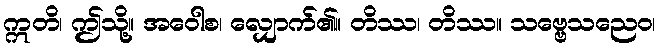
ဣတိ၊ ဤသို့။ အဝေါစ၊ လျှောက်၏။ တိဿ၊ တိဿ။ သဗ္ဗေသညေဝ၊